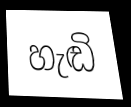
හැඬි